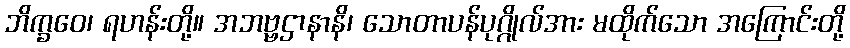
ဘိက္ခဝေ၊ ရဟန်းတို့။ အဘဗ္ဗဌာနာနိ၊ သောတာပန်ပုဂ္ဂိုလ်အား မထိုက်သော အကြောင်းတို့